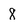
Character: 8